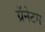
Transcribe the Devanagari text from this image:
ग्रॅनेटम